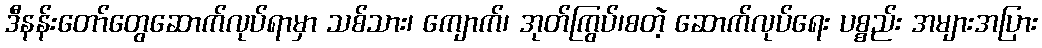
ဒီနန်းတော်တွေဆောက်လုပ်ရာမှာ သစ်သား၊ ကျောက်၊ အုတ်ကြွပ်၊စတဲ့ ဆောက်လုပ်ရေး ပစ္စည်း အများအပြား